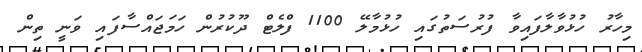
މިހާރު ހުޅުވާލާފައިވާ ފުރުސަތުގައި ހުޅުމާލޭ 1100 ފްލެޓް ދޫކުރުން ހަމަޖައްސާފައި ވަނީ ތިން